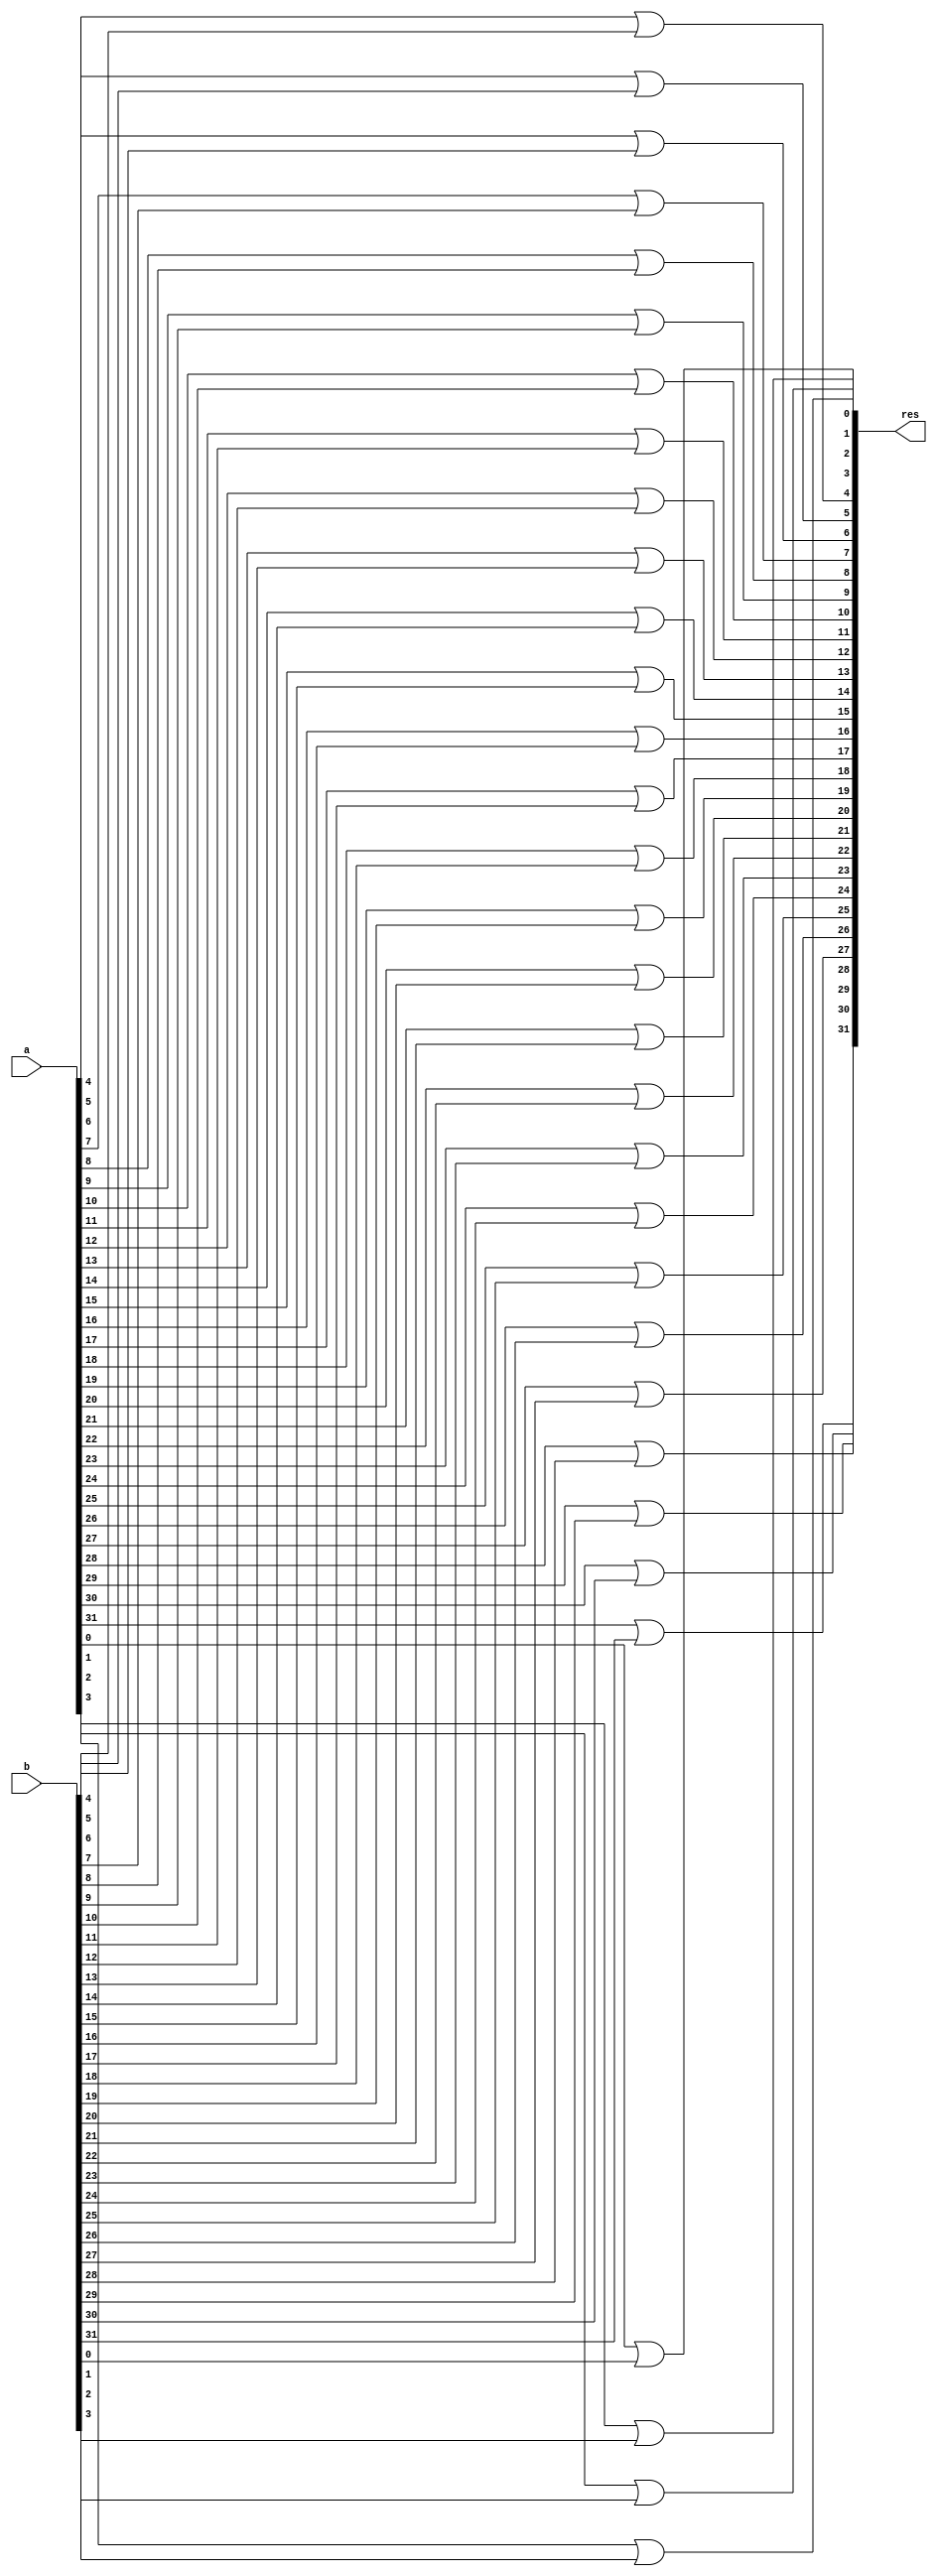
module or_32b(
    output [31:0] res,
    input [31:0] a,
    input [31:0] b
);
    or u0 (res[0], a[0], b[0]);
    or u1 (res[1], a[1], b[1]);
    or u2 (res[2], a[2], b[2]);
    or u3 (res[3], a[3], b[3]);
    or u4 (res[4], a[4], b[4]);
    or u5 (res[5], a[5], b[5]);
    or u6 (res[6], a[6], b[6]);
    or u7 (res[7], a[7], b[7]);
    or u8 (res[8], a[8], b[8]);
    or u9 (res[9], a[9], b[9]);
    or u10 (res[10], a[10], b[10]);
    or u11 (res[11], a[11], b[11]);
    or u12 (res[12], a[12], b[12]);
    or u13 (res[13], a[13], b[13]);
    or u14 (res[14], a[14], b[14]);
    or u15 (res[15], a[15], b[15]);
    or u16 (res[16], a[16], b[16]);
    or u17 (res[17], a[17], b[17]);
    or u18 (res[18], a[18], b[18]);
    or u19 (res[19], a[19], b[19]);
    or u20 (res[20], a[20], b[20]);
    or u21 (res[21], a[21], b[21]);
    or u22 (res[22], a[22], b[22]);
    or u23 (res[23], a[23], b[23]);
    or u24 (res[24], a[24], b[24]);
    or u25 (res[25], a[25], b[25]);
    or u26 (res[26], a[26], b[26]);
    or u27 (res[27], a[27], b[27]);
    or u28 (res[28], a[28], b[28]);
    or u29 (res[29], a[29], b[29]);
    or u30 (res[30], a[30], b[30]);
    or u31 (res[31], a[31], b[31]);
endmodule